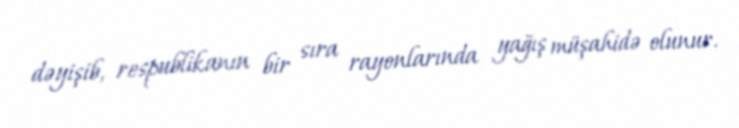
dəyişib, respublikanın bir sıra rayonlarında yağış müşahidə olunur.